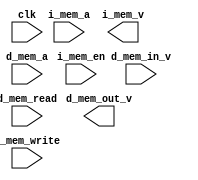
module Mem_Module (
    clk,

    i_mem_a,            //instruction mem addressing
    i_mem_v,            //instruction mem (read only)
    i_mem_en,           //instruction control

    d_mem_a,            //data mem addressing
    d_mem_out_v, d_mem_in_v, //data mem IO busses
    d_mem_write, d_mem_read //data mem control
);


/* BY THE BOOK: SCC ISA states...
"Instruction and Address Width
	Like ARMv8, instructions have a fixed width of 32-bits, and the addressing space in memory is 32-bits."
*/
parameter INSTRUCTION_ADDRESS_SIZE = 31;
parameter INSTRUCTION_SIZE = 31; //bit depth

parameter DATA_ADDRESS_SIZE = 31; //fixed by ISA
parameter DATA_SIZE = 31; //data bit-depth

	input clk;

    //to read Instructions
	input       [31:0] i_mem_a;         // Instruction memory address
    output reg  [31:0] i_mem_v;         // Instruction memory value
    input       i_mem_en;               // Instruction memory read enable

    //adressing data
    input   [31:0] d_mem_a;             // Data memory address
    
    //to read Data
    input   d_mem_read;                 //indicate data read
    output reg  [31:0] d_mem_out_v;     // Data memory write value
 
    //to write Data
	input   d_mem_write;                // indicate data write
    input   d_mem_in_v;                 // data memory write value

    
endmodule